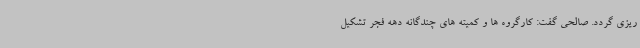
ریزی گردد. صالحی گفت: کارگروه ها و کمیته های چندگانه دهه فجر تشکیل